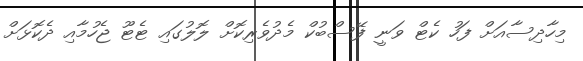
މިހާދިސާއަށް ފަހު ކެޓް ވަނީ ފޭސްބުކް މެދުވެރިކޮށް ލޮލުގައި ޓެޓޫ ޖެހުމާއި ދެކޮޅަށް